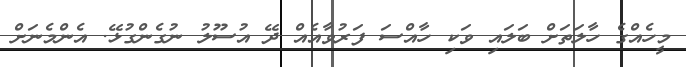
މީހެއްގެ ހާލަތަށް ބަލައި ވަކި ހާއްސަ ފަރުވާއެއް ދޭ އުސޫލު ނުގެންގުޅޭ. އެންމެނަށް